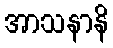
အာသနာနိ